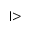
\mid >